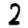
Digit: 2